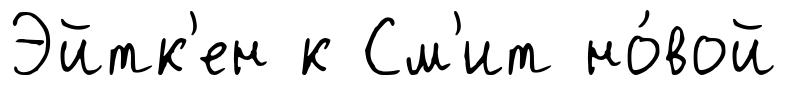
Эйтк'ен к См'ит но́вой